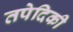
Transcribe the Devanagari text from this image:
तपेदिकी